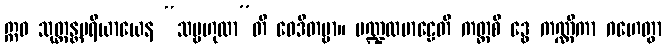
ဣဓ သုတ္တန္တပရိယာယေန “သမ္ဗဟုလာ”တိ ဝေဒိတဗ္ဗာ။ မဏ္ဍလမာဠေတိ ကတ္ထစိ ဒွေ ကဏ္ဏိကာ ဂဟေတွာ